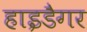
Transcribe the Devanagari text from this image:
हाइडैगर